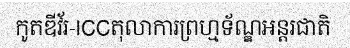
កូតឌីវ័រ-ICCតុលាការព្រហ្មទ័ណ្ឌអន្តរជាតិ